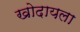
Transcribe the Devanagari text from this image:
खोदायला